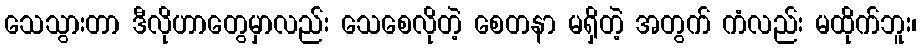
သေသွားတာ ဒီလိုဟာတွေမှာလည်း သေစေလိုတဲ့ စေတနာ မရှိတဲ့ အတွက် ကံလည်း မထိုက်ဘူး၊